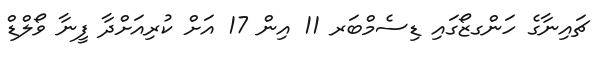
ޗައިނާގެ ހަންގޒޯގައި ޑިސެމްބަރ 11 އިން 17 އަށް ކުރިއަށްދާ ފީނާ ވޯލްޑް